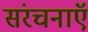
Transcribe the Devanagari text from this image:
संरचनाऍ